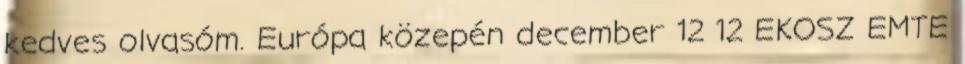
kedves olvasóm. Európa közepén december 12 12 EKOSZ EMTE